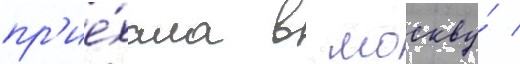
пр'ие́хала в москву́ /